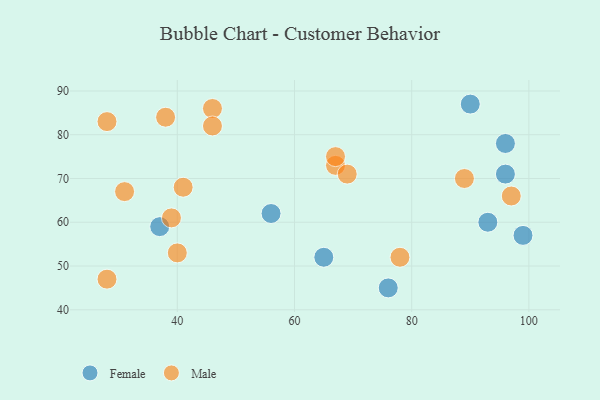
{"axis": {"x": "GDP", "y": "Life Expectancy"}, "legend": ["Female", "Male"], "data": [{"x": "56", "y": 62, "type": "Female"}, {"x": "96", "y": 78, "type": "Female"}, {"x": "65", "y": 52, "type": "Female"}, {"x": "96", "y": 71, "type": "Female"}, {"x": "37", "y": 59, "type": "Female"}, {"x": "99", "y": 57, "type": "Female"}, {"x": "76", "y": 45, "type": "Female"}, {"x": "93", "y": 60, "type": "Female"}, {"x": "90", "y": 87, "type": "Female"}, {"x": "28", "y": 83, "type": "Male"}, {"x": "46", "y": 86, "type": "Male"}, {"x": "67", "y": 73, "type": "Male"}, {"x": "78", "y": 52, "type": "Male"}, {"x": "46", "y": 82, "type": "Male"}, {"x": "31", "y": 67, "type": "Male"}, {"x": "69", "y": 71, "type": "Male"}, {"x": "28", "y": 47, "type": "Male"}, {"x": "89", "y": 70, "type": "Male"}, {"x": "38", "y": 84, "type": "Male"}, {"x": "41", "y": 68, "type": "Male"}, {"x": "97", "y": 66, "type": "Male"}, {"x": "40", "y": 53, "type": "Male"}, {"x": "39", "y": 61, "type": "Male"}, {"x": "67", "y": 75, "type": "Male"}]}